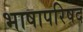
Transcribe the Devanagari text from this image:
भाषापरिषद